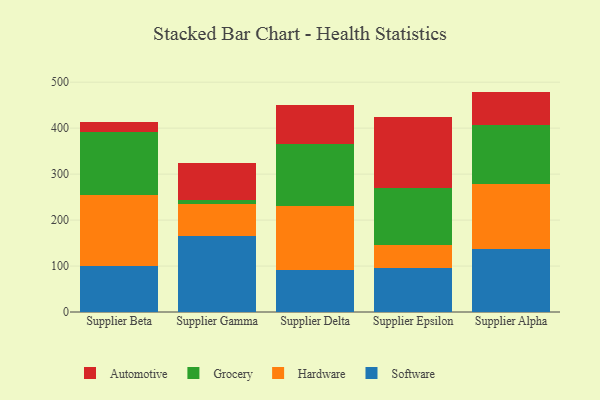
{"axis": {"x": "Supplier", "y": "Population (Million)"}, "legend": ["Automotive", "Grocery", "Hardware", "Software"], "data": [{"x": "Supplier Beta", "y": 101.1, "type": "Software"}, {"x": "Supplier Beta", "y": 153.8, "type": "Hardware"}, {"x": "Supplier Beta", "y": 136.4, "type": "Grocery"}, {"x": "Supplier Beta", "y": 21.3, "type": "Automotive"}, {"x": "Supplier Gamma", "y": 165.3, "type": "Software"}, {"x": "Supplier Gamma", "y": 68.7, "type": "Hardware"}, {"x": "Supplier Gamma", "y": 9.6, "type": "Grocery"}, {"x": "Supplier Gamma", "y": 79.5, "type": "Automotive"}, {"x": "Supplier Delta", "y": 92.4, "type": "Software"}, {"x": "Supplier Delta", "y": 137.3, "type": "Hardware"}, {"x": "Supplier Delta", "y": 136.2, "type": "Grocery"}, {"x": "Supplier Delta", "y": 83.7, "type": "Automotive"}, {"x": "Supplier Epsilon", "y": 96.1, "type": "Software"}, {"x": "Supplier Epsilon", "y": 48.8, "type": "Hardware"}, {"x": "Supplier Epsilon", "y": 125.2, "type": "Grocery"}, {"x": "Supplier Epsilon", "y": 155.0, "type": "Automotive"}, {"x": "Supplier Alpha", "y": 138.0, "type": "Software"}, {"x": "Supplier Alpha", "y": 140.8, "type": "Hardware"}, {"x": "Supplier Alpha", "y": 128.7, "type": "Grocery"}, {"x": "Supplier Alpha", "y": 72.0, "type": "Automotive"}]}